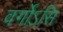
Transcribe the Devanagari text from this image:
वर्गोऽसि